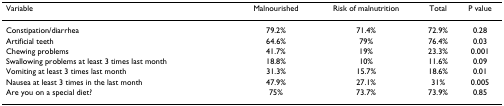
<table><thead><tr><td><b>Variable</b></td><td><b>Malnourished</b></td><td><b>Risk of malnutrition</b></td><td><b>Total</b></td><td><b>P value</b></td></tr></thead><tbody><tr><td>Constipation/diarrhea</td><td>79.2%</td><td>71.4%</td><td>72.9%</td><td>0.28</td></tr><tr><td>Artificial teeth</td><td>64.6%</td><td>79%</td><td>76.4%</td><td>0.03</td></tr><tr><td>Chewing problems</td><td>41.7%</td><td>19%</td><td>23.3%</td><td>0.001</td></tr><tr><td>Swallowing problems at least 3 times last month</td><td>18.8%</td><td>10%</td><td>11.6%</td><td>0.09</td></tr><tr><td>Vomiting at least 3 times last month</td><td>31.3%</td><td>15.7%</td><td>18.6%</td><td>0.01</td></tr><tr><td>Nausea at least 3 times in the last month</td><td>47.9%</td><td>27.1%</td><td>31%</td><td>0.005</td></tr><tr><td>Are you on a special diet?</td><td>75%</td><td>73.7%</td><td>73.9%</td><td>0.85</td></tr></tbody></table>